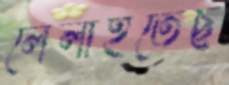
লেলাইতেছ